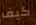
كيف